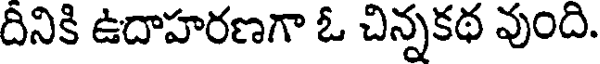
దినికి ఉదాహరణగా ఓ చిన్నకథ వుంది.